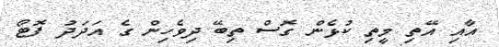
އާއި އޭތި މީތި ކުޅެން ގޮސް ތިބޭ ދިވެހިން ގެ އަދަދު ފޮޓޯ